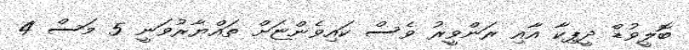
ބޮލީވުޑް ދީޕިކާ އާއި ރަންވީރު ވެސް ކައިވެންޏަށް ތައްޔާރުވަނީ 5 މަސް 4